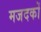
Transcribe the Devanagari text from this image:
मजदकों